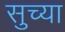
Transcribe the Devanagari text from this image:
सुच्या